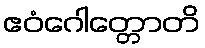
ဧဝံဂေါတ္တောတိ